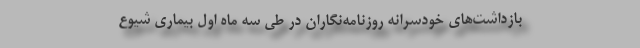
بازداشت‌های خودسرانه روزنامه‌نگاران در طی سه ماه اول بیماری شیوع